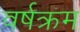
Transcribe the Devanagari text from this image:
वर्षक्रम